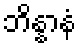
ဘိန္နာနံ